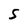
Character: S